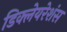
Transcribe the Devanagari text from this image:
डिक्लेयरेशंस